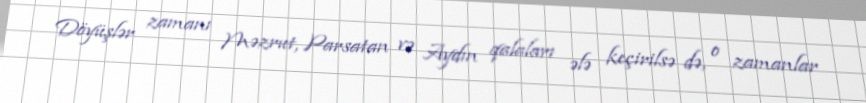
Döyüşlər zamanı Məzrut, Parsatan və Aydın qalaları ələ keçirilsə də, o zamanlar